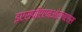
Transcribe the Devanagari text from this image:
इएसपीएएनओएलएएस